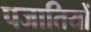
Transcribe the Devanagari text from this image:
पजातियों